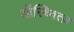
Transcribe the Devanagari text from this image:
ऑस्च्वित्ज़